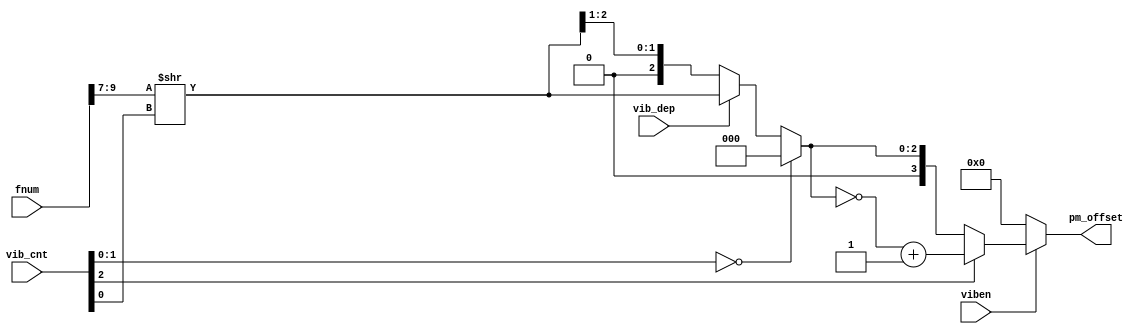
 /*  This file is part of JTOPL.

    JTOPL is free software: you can redistribute it and/or modify
    it under the terms of the GNU General Public License as published by
    the Free Software Foundation, either version 3 of the License, or
    (at your option) any later version.

    JTOPL is distributed in the hope that it will be useful,
    but WITHOUT ANY WARRANTY; without even the implied warranty of
    MERCHANTABILITY or FITNESS FOR A PARTICULAR PURPOSE.  See the
    GNU General Public License for more details.

    You should have received a copy of the GNU General Public License
    along with JTOPL.  If not, see <http://www.gnu.org/licenses/>.

    Author: Jose Tejada Gomez. Twitter: @topapate
    Version: 1.0
    Date: 21-6-2020
    */

// Based on Nuked's work on OPLL and OPL3

module jtopl_pm (
    input       [ 2:0] vib_cnt,
    input       [ 9:0] fnum,
    input              vib_dep,
    input              viben,
    output reg  [ 3:0] pm_offset
);

reg [2:0] range;

always @(*) begin
    if( vib_cnt[1:0]==2'b00 )
        range = 3'd0;
    else begin
        range = fnum[9:7]>>vib_cnt[0];
        if(!vib_dep) range = range>>1;
    end
    if( vib_cnt[2] )
        pm_offset = ~{1'b0, range } + 4'd1;
    else
        pm_offset = {1'b0, range };
    if(!viben) pm_offset = 4'd0;
end

endmodule